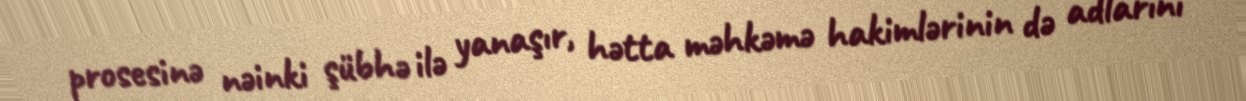
prosesinə nəinki şübhə ilə yanaşır, hətta məhkəmə hakimlərinin də adlarını